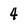
Character: 4